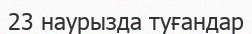
23 наурызда туғандар